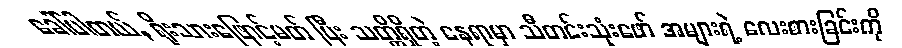
ခေါ်ပါတယ်, ရိုးသားဖြောင့်မတ် ပြီး သတ္တိရှိတဲ့ နေရာမှာ သီတင်းသုံးဖော် အများရဲ့ လေးစားခြင်းကို